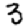
Digit: 3